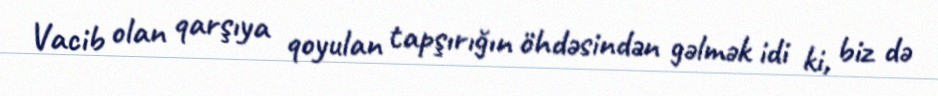
Vacib olan qarşıya qoyulan tapşırığın öhdəsindən gəlmək idi ki, biz də